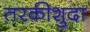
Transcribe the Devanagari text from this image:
तरकीशुदा